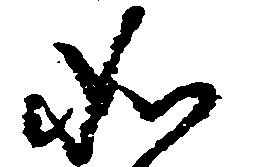
如